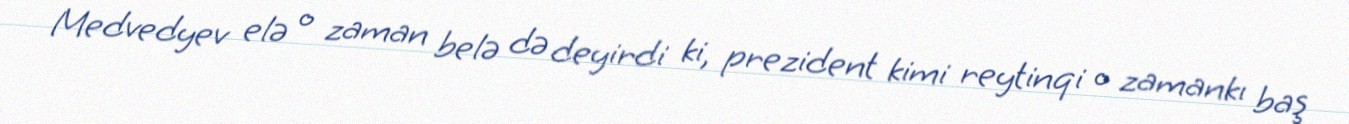
Medvedyev elə o zaman belə də deyirdi ki, prezident kimi reytinqi o zamankı baş